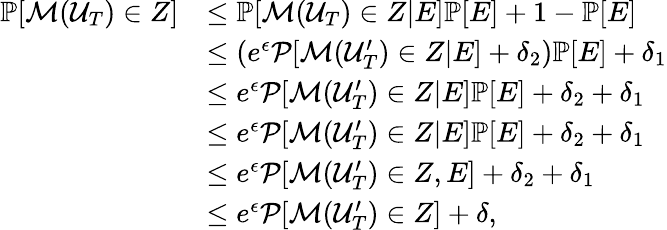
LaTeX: \begin{array}{rl}{\mathbb{P}[\mathcal{M}(\mathcal{U}_{T})\in Z]}&{\leq\mathbb{P}[\mathcal{M}(\mathcal{U}_{T})\in Z|E]\mathbb{P}[E]+1-\mathbb{P}[E]}\\ &{\leq(e^{\epsilon}\mathcal{P}[\mathcal{M}(\mathcal{U}_{T}^{\prime})\in Z|E]+\delta_{2})\mathbb{P}[E]+\delta_{1}}\\ &{\leq e^{\epsilon}\mathcal{P}[\mathcal{M}(\mathcal{U}_{T}^{\prime})\in Z|E]\mathbb{P}[E]+\delta_{2}+\delta_{1}}\\ &{\leq e^{\epsilon}\mathcal{P}[\mathcal{M}(\mathcal{U}_{T}^{\prime})\in Z|E]\mathbb{P}[E]+\delta_{2}+\delta_{1}}\\ &{\leq e^{\epsilon}\mathcal{P}[\mathcal{M}(\mathcal{U}_{T}^{\prime})\in Z,E]+\delta_{2}+\delta_{1}}\\ &{\leq e^{\epsilon}\mathcal{P}[\mathcal{M}(\mathcal{U}_{T}^{\prime})\in Z]+\delta,}\end{array}